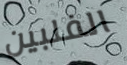
الفلبين